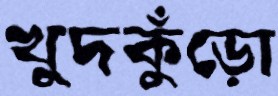
খুদকুঁড়ো